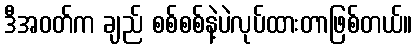
ဒီအဝတ်က ချည် စစ်စစ်နဲ့ပဲလုပ်ထားတာဖြစ်တယ်။